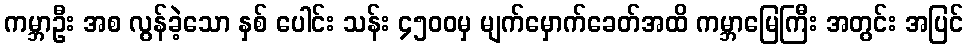
ကမ္ဘာဦး အစ လွန်ခဲ့သော နှစ် ပေါင်း သန်း ၄၅၀၀မှ မျက်မှောက်ခေတ်အထိ ကမ္ဘာမြေကြီး အတွင်း အပြင်